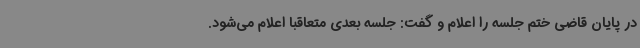
در پایان قاضی ختم جلسه را اعلام و گفت: جلسه بعدی متعاقبا اعلام می‌شود.